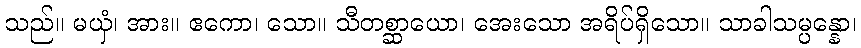
သည်။ မယှံ၊ အား။ ဧကော၊ သော။ သီတစ္ဆာယော၊ အေးသော အရိပ်ရှိသော။ သာခါသမ္ပန္နော၊